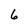
Character: 6